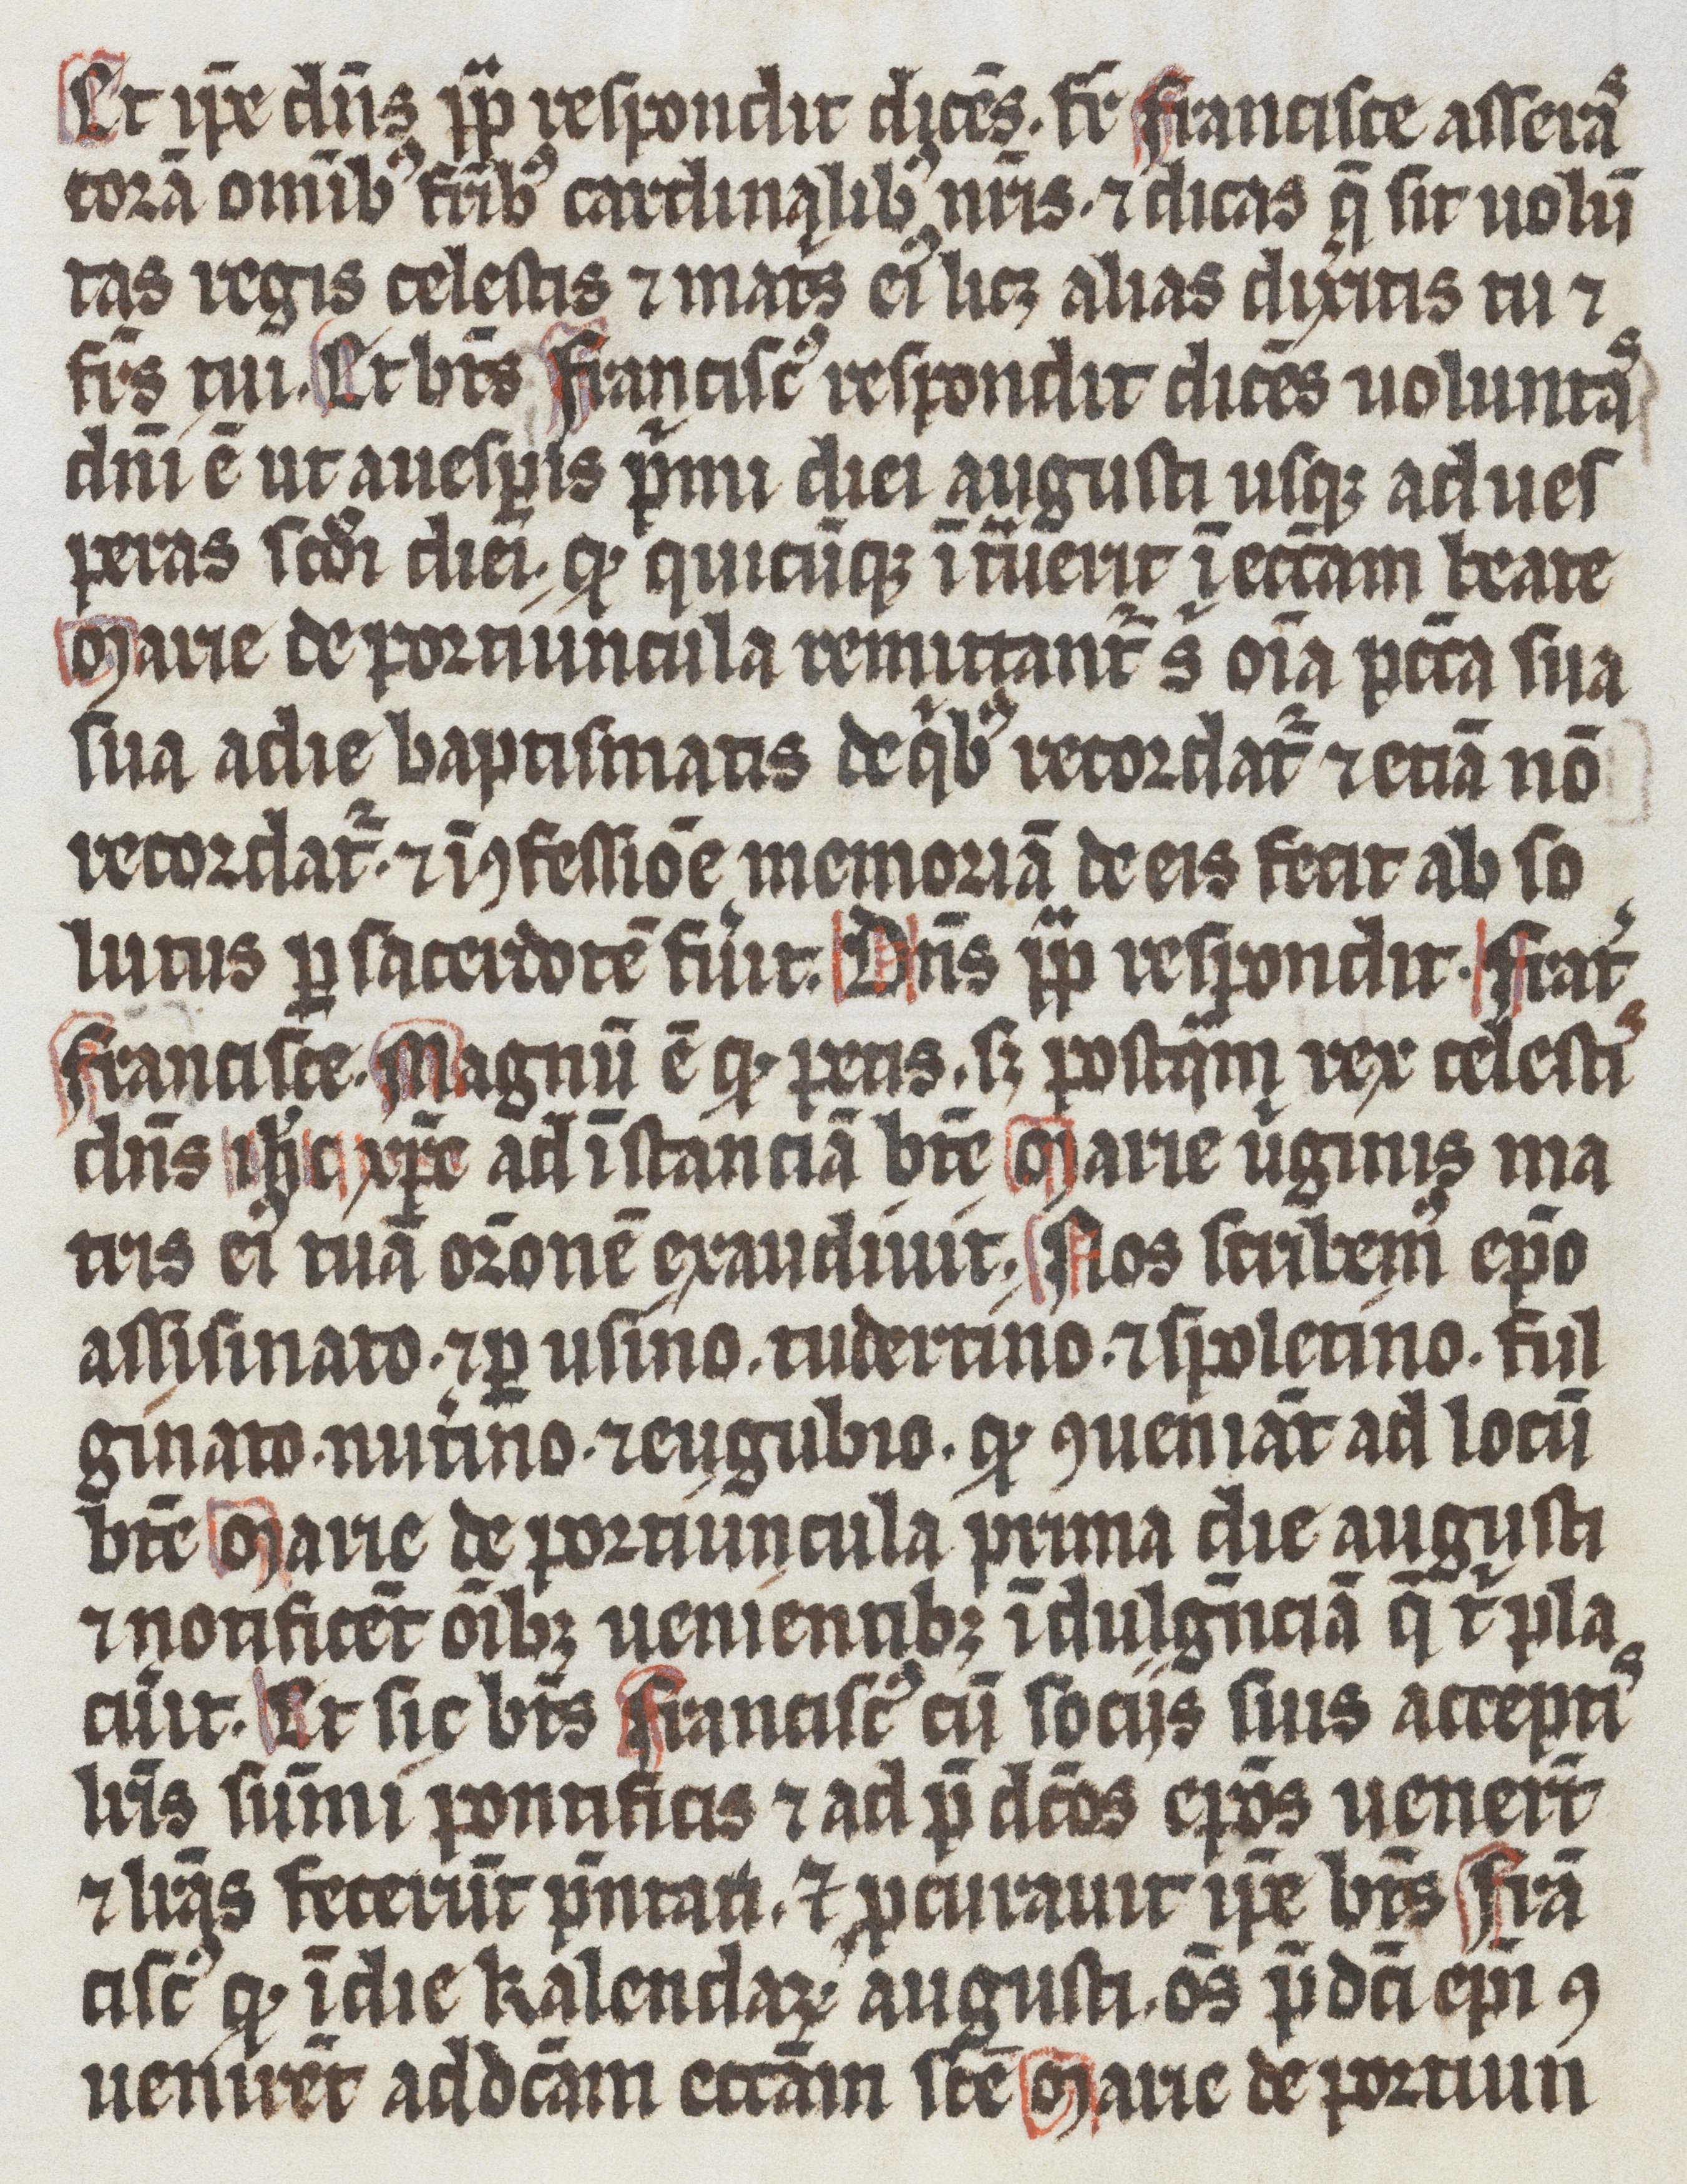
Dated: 1337–1337